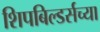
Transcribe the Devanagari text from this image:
शिपबिल्डर्सच्या